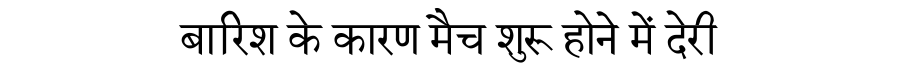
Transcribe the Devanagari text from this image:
बारिश के कारण मैच शुरू होने में देरी